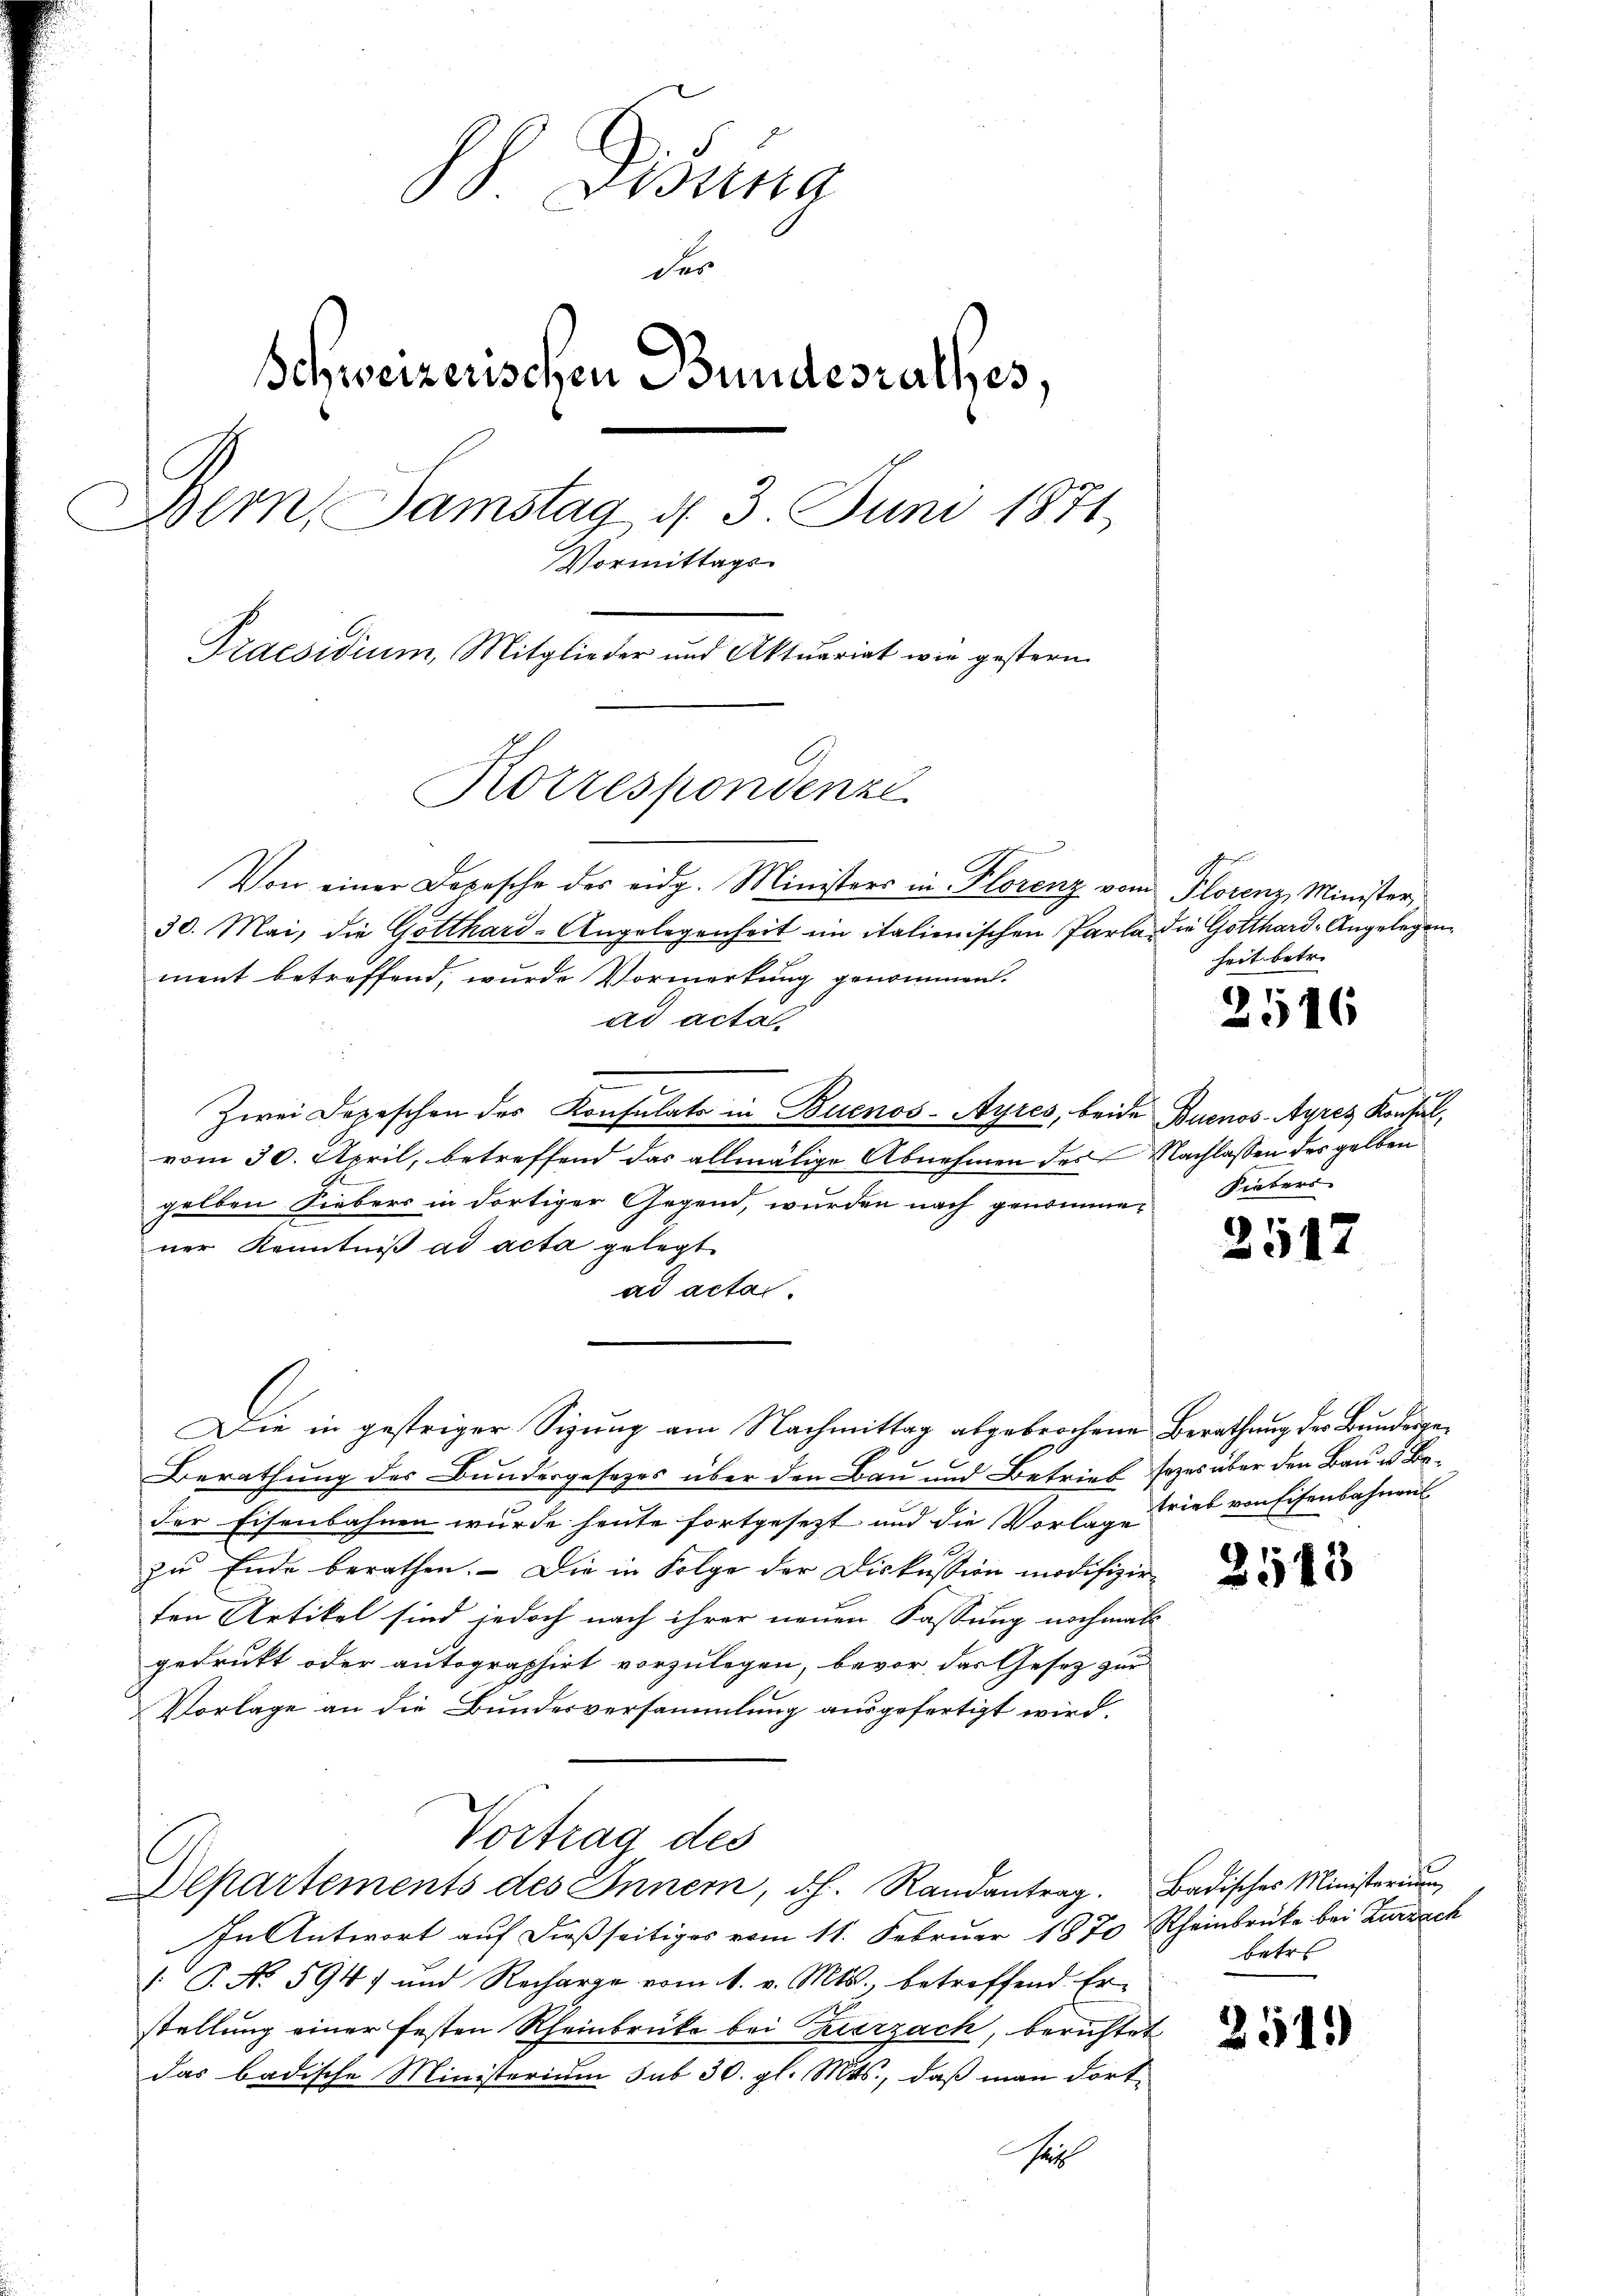
h Disena
der
Schweizerischen Bundesrathes,
Bern, Samstag d. 3. Juni 1871,
Vormittags
Praesidium Mitglieder und Aktuariat wie gestern.
Korrespondenze

Von einer Dopesche des eidg. Ministers in Florenz vom Florenz Minister
30. Mai, die Gotthard-Angelegenheit in italienischen Parla die Gotthard-Angelegenment betreffend, wurde Vormerkung genommen.
ad acta
Zwei Depeschen des Konsulats in Buenos-Ayres, beide Buenos-Ayres Konsul,
vom 30. April, betreffend das allmälige Abnehmen des Nachlassen des gelben
gelben Siebers in dortiger Gegend, wurden nach genommener Kenntniß ad acta gelegt.
ad acta.
Die in gestriger Sizung am Nachmittag abgebrochene Berathung der Bundesgee
Berathung des Bundesgesezes über den Bau und Betrieb sezes über den Bau u. Beder Eisenbahnen wurde heute fortgesezt und die Vorlagerieb von Eisenbahnens
zu Ende berathen. – Die in Folge der Diskussion modifizir
ten Artikel sind jedoch nach ihrer neuen Fassung nochmal
gedrukt oder autographirt vorzulegen, bevor das Gesez zur
Vorlage an die Bundesversammlung ausgefertigt wird.
Vortrag des

Departements des Innern, dh. Randantrag. Badisches Ministerium

In Antwort auf dießseitiges vom 11. Februar 1870 Rheinbrücke bei Zurzach
[ P. No 594) und Recharge vom 1. v. Mts., betreffend. Er
stellung einer festen Rheinbrücke bei erzach, berichtet
das badische Ministerium sub 30. gl. Mts., daß man dortsech

heit betr.

2516

Siebers

2517

2543

betre

2545